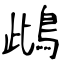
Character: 䳄